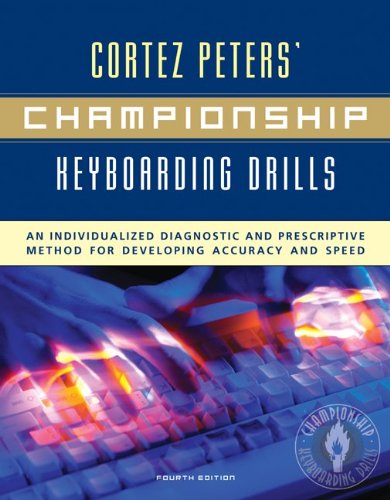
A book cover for Championship Keyboarding Drills: An Individualized Diagnostic and Prescriptive Method for Developing Accuracy and Speed w/ Success Breends Success (pckg. edition); Cortez Peters; Law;